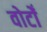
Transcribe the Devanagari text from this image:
वोटोँ